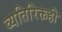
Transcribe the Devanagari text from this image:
व्यतिरिक्तही